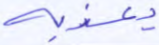
يعذبه